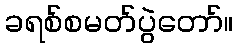
ခရစ်စမတ်ပွဲတော်။